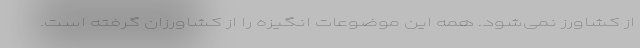
از کشاورز نمی‌شود. همه این موضوعات انگیزه را از کشاورزان گرفته است.